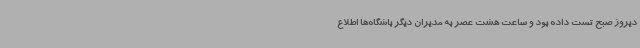
دیروز صبح تست داده بود و ساعت هشت عصر به مدیران دیگر باشگاه‌ها اطلاع